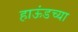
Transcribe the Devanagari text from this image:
हाऊंडच्या